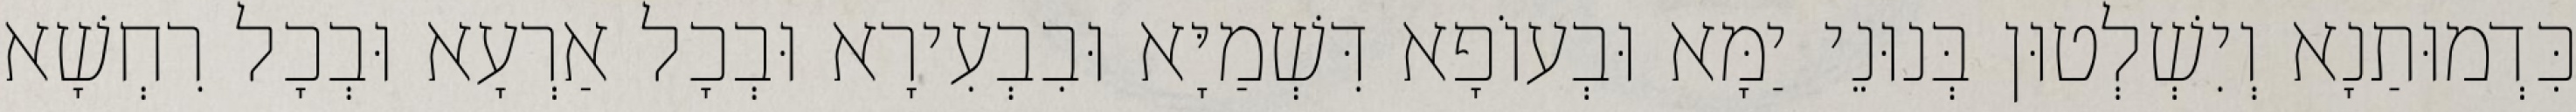
כִּדְמוּתַנָא וְיִשְׁלְטוּן בְּנוּנֵי יַמָּא וּבְעוֹפָא דִּשְׁמַיָּא וּבִבְעִירָא וּבְכָל אַרְעָא וּבְכָל רִחְשָׁא